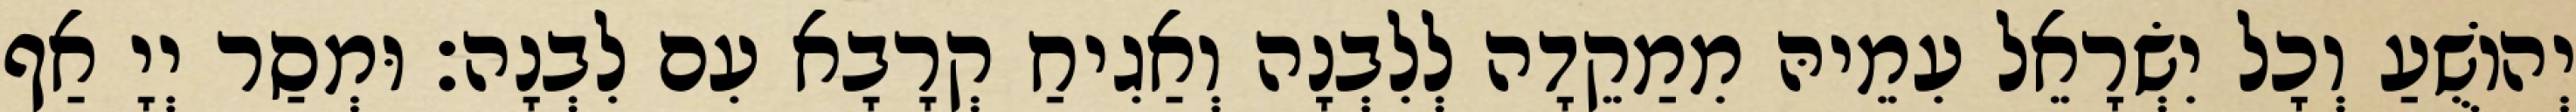
יְהוֹשֻׁעַ וְכָל יִשְׂרָאֵל עִמֵיהּ מִמַקֵדָה לְלִבְנָה וְאַגִיחַ קְרָבָא עִם לִבְנָה׃ וּמְסַר יְיָ אַף